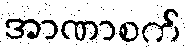
အာဏာစက်